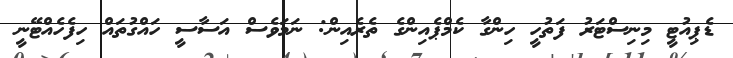
ޑެޕިއުޓީ މިނިސްޓަރު ފަތުހީ ހިންގާ ކެމްޕެއިންގެ ތެރެއިން: ނަމަވެސް އަސާސީ ހައްގުތައް ހިފެހެއްޓޭނީ